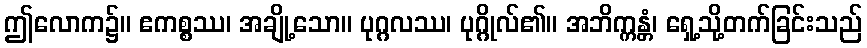
ဤလောက၌။ ဧကစ္စဿ၊ အချို့သော။ ပုဂ္ဂလဿ၊ ပုဂ္ဂိုလ်၏။ အဘိက္ကန္တံ၊ ရှေ့သို့တက်ခြင်းသည်